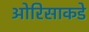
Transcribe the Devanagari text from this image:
ओरिसाकडे